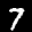
Label: 7